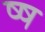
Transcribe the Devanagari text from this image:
ष्ष